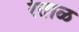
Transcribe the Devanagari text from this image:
रेताळ